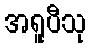
အရူပီသု